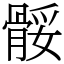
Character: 骽